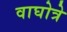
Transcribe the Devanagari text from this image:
वाघोत्रे